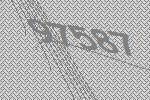
97587